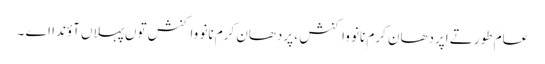
عامَ طور تے اپردھان کرم نانوَ واکنش ، پردھان کرم نانوَ واکنش توں پہلاں آؤندا اے ۔